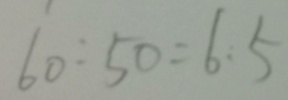
6 0 : 5 0 = 6 : 5